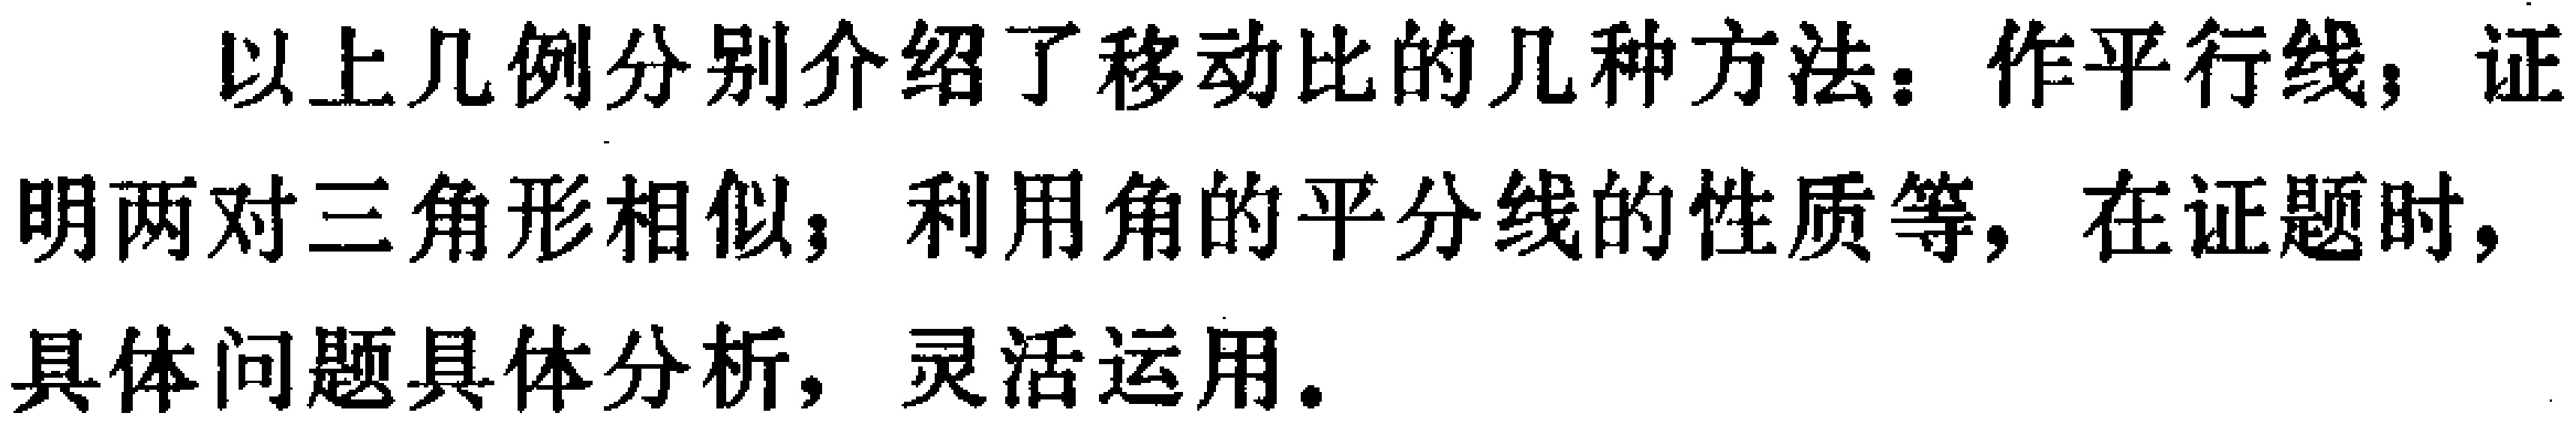
以上几例分别介绍了移动比的几种方法：作平行线；证明两对三角形相似；利用角的平分线的性质等，在证题时，具体问题具体分析，灵活运用。